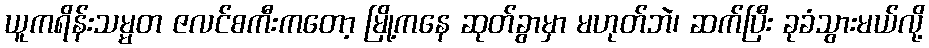
ယူကရိန်းသမ္မတ ဇလင်စကီးကတော့ မြို့ကနေ ဆုတ်ခွာမှာ မဟုတ်ဘဲ၊ ဆက်ပြီး ခုခံသွားမယ်လို့